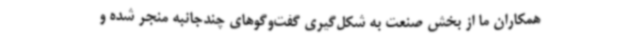
همکاران ما از بخش صنعت به شکل‌گیری گفت‌وگوهای چندجانبه منجر شده و